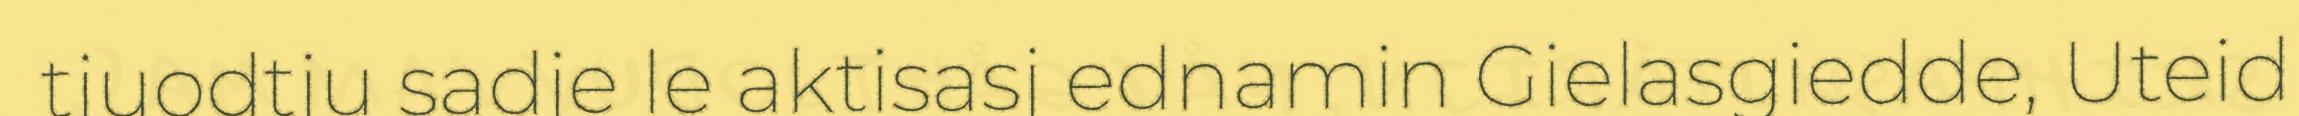
tjuodtju sadje le aktisasj ednamin Gielasgiedde, Uteid